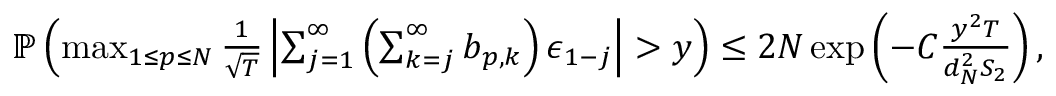
\begin{array} { r l } & { \mathbb { P } \left( \operatorname* { m a x } _ { 1 \leq p \leq N } \frac { 1 } { \sqrt { T } } \left\lvert \sum _ { j = 1 } ^ { \infty } \left( \sum _ { k = j } ^ { \infty } \boldsymbol { b } _ { p , k } \right) \boldsymbol { \epsilon } _ { 1 - j } \right\rvert > y \right) \leq 2 N \exp \left( - C \frac { y ^ { 2 } T } { d _ { N } ^ { 2 } S _ { 2 } } \right) , } \end{array}